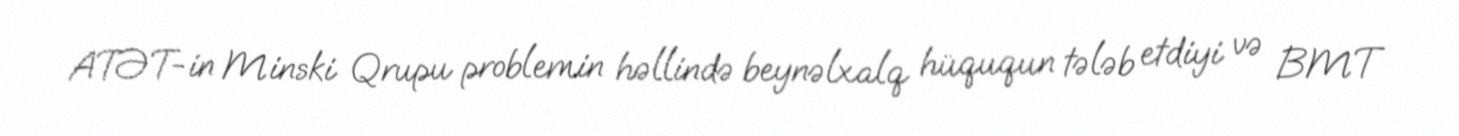
ATƏT-in Minski Qrupu problemin həllində beynəlxalq hüququn tələb etdiyi və BMT